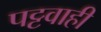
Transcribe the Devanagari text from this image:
पट्टवाही